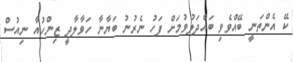
ކޭ އެންތަނީ ބޭއްވެވި ބައްދަލުވުމަށް ފަހު ނެރުނު ބަޔާނާ ހަވާލާދީ ޒިންހުއާ ނިއުސް